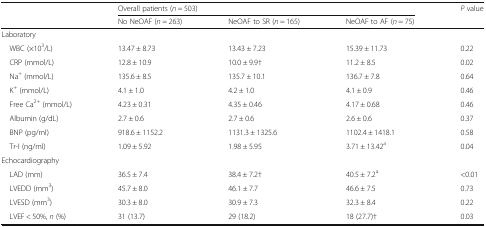
<table><thead><tr><td rowspan="2"></td><td colspan="3"><b>Overall patients (<i>n</i> = 503)</b></td><td rowspan="2"><b><i>P</i> value</b></td></tr><tr><td><b>No NeOAF (<i>n</i> = 263)</b></td><td><b>NeOAF to SR (<i>n</i> = 165)</b></td><td><b>NeOAF to AF (<i>n</i> = 75)</b></td></tr></thead><tbody><tr><td colspan="5">Laboratory</td></tr><tr><td> WBC (×10<sup>3</sup>/L)</td><td>13.47 ± 8.73</td><td>13.43 ± 7.23</td><td>15.39 ± 11.73</td><td>0.22</td></tr><tr><td> CRP (mmol/L)</td><td>12.8 ± 10.9</td><td>10.0 ± 9.9†</td><td>11.2 ± 8.5</td><td>0.02</td></tr><tr><td> Na<sup>+</sup> (mmol/L)</td><td>135.6 ± 8.5</td><td>135.7 ± 10.1</td><td>136.7 ± 7.8</td><td>0.64</td></tr><tr><td> K<sup>+</sup> (mmol/L)</td><td>4.1 ± 1.0</td><td>4.2 ± 1.0</td><td>4.1 ± 0.9</td><td>0.46</td></tr><tr><td> Free Ca<sup>2+</sup> (mmol/L)</td><td>4.23 ± 0.31</td><td>4.35 ± 0.46</td><td>4.17 ± 0.68</td><td>0.46</td></tr><tr><td> Albumin (g/dL)</td><td>2.7 ± 0.6</td><td>2.7 ± 0.6</td><td>2.6 ± 0.6</td><td>0.37</td></tr><tr><td> BNP (pg/ml)</td><td>918.6 ± 1152.2</td><td>1131.3 ± 1325.6</td><td>1102.4 ± 1418.1</td><td>0.58</td></tr><tr><td> Tr-I (ng/ml)</td><td>1.09 ± 5.92</td><td>1.98 ± 5.95</td><td>3.71 ± 13.42<sup>a</sup></td><td>0.04</td></tr><tr><td colspan="5">Echocardiography</td></tr><tr><td> LAD (mm)</td><td>36.5 ± 7.4</td><td>38.4 ± 7.2†</td><td>40.5 ± 7.2<sup>a</sup></td><td>&lt;0.01</td></tr><tr><td> LVEDD (mm<sup>3</sup>)</td><td>45.7 ± 8.0</td><td>46.1 ± 7.7</td><td>46.6 ± 7.5</td><td>0.73</td></tr><tr><td> LVESD (mm<sup>3</sup>)</td><td>30.3 ± 8.0</td><td>30.9 ± 7.3</td><td>32.3 ± 8.4</td><td>0.22</td></tr><tr><td> LVEF &lt; 50%, <i>n</i> (%)</td><td>31 (13.7)</td><td>29 (18.2)</td><td>18 (27.7)†</td><td>0.03</td></tr></tbody></table>